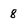
Character: 8